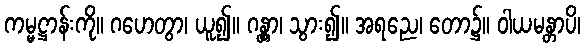
ကမ္မဋ္ဌာန်းကို။ ဂဟေတွာ၊ ယူ၍။ ဂန္တွာ၊ သွား၍။ အရညေ၊ တော၌။ ဝါယမန္တာပိ၊